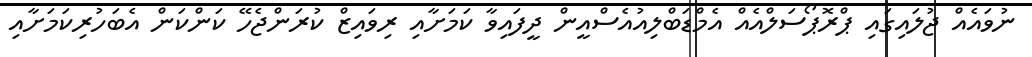
ނުވައެއް ޖުލައިގައި ޕްރޮޕޯސަލްއެއް އެމްޑަބްލިއުއެސްއީން ދީފައިވާ ކަމަށާއި ރިވައިޒް ކުރަންޖެހޭ ކަންކަން އެބަހުރިކަމަށާއި